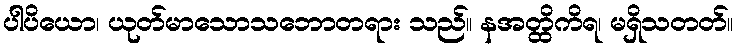
ပါပိယော၊ ယုတ်မာသောသဘောတရား သည်။ နအတ္ထိကိရ၊ မရှိသတတ်။